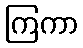
ကြကာ